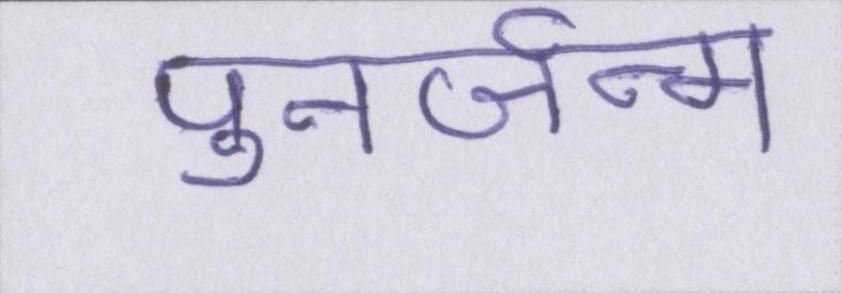
पुनर्जन्म